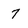
Character: 7